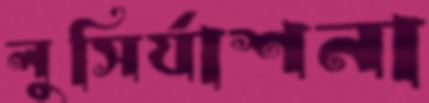
লুসির‍্যাশনা